Elephants and their diseases
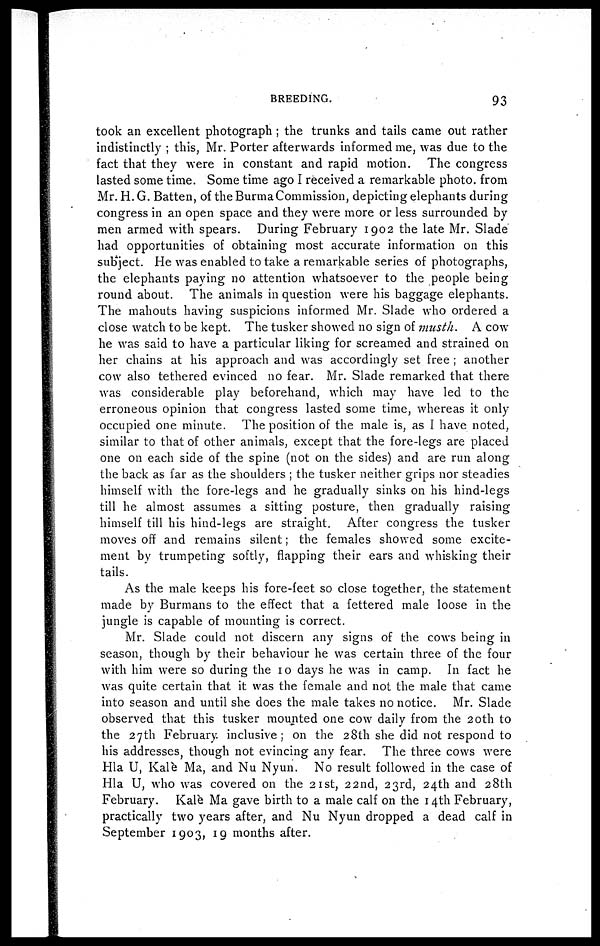
BREEDING.
93
took an excellent photograph ; the trunks and tails came out rather
indistinctly ; this, Mr. Porter afterwards informed me, was due to the
fact that they were in constant and rapid motion. The congress
lasted some time. Some time ago I received a remarkable photo from
Mr. H.G. Batten, of the Burma Commission, depicting elephants during
congress in an open space and they were more or less surrounded by
men armed with spears. During February 1902 the late Mr. Slade
had opportunities of obtaining most accurate information on this
subject. He was enabled to take a remarkable series of photographs,
the elephants paying no attention whatsoever to the people being
round about. The animals in question were his baggage elephants.
The mahouts having suspicions informed Mr. Slade who ordered a
close watch to be kept. The tusker showed no sign of musth. A cow
he was said to have a particular liking for screamed and strained on
her chains at his approach and was accordingly set free ; another
cow also tethered evinced no fear. Mr. Slade remarked that there
was considerable play beforehand, which may have led to the
erroneous opinion that congress lasted some time, whereas it only
occupied one minute. The position of the male is, as I have noted,
similar to that of other animals, except that the fore-legs are placed
one on each side of the spine (not on the sides) and are run along
the back as far as the shoulders ; the tusker neither grips nor steadies
himself with the fore-legs and he gradually sinks on his hind-legs
till he almost assumes a sitting posture, then gradually raising
himself till his hind-legs are straight. After congress the tusker
moves off and remains silent; the females showed some excite¬
ment by trumpeting softly, flapping their ears and whisking their
tails.
As the male keeps his fore-feet so close together, the statement
made by Burmans to the effect that a fettered male loose in the
jungle is capable of mounting is correct.
Mr. Slade could not discern any signs of the cows being in
season, though by their behaviour he was certain three of the four
with him were so during the 10 days he was in camp. In fact he
was quite certain that it was the female and not the male that came
into season and until she does the male takes no notice. Mr. Slade
observed that this tusker mounted one cow daily from the 20th to
the 27th February, inclusive; on the 28th she did not respond to
his addresses, though not evincing any fear. The three cows were
Hla U, Kalè Ma, and Nu Nyun. No result followed in the case of
Hla U, who was covered on the 21st, 22nd, 23rd, 24th and 28th
February. Kalè Ma gave birth to a male calf on the 14th February,
practically two years after, and Nu Nyun dropped a dead calf in
September 1903, 19 months after.